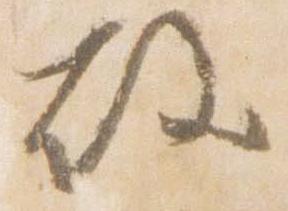
殿